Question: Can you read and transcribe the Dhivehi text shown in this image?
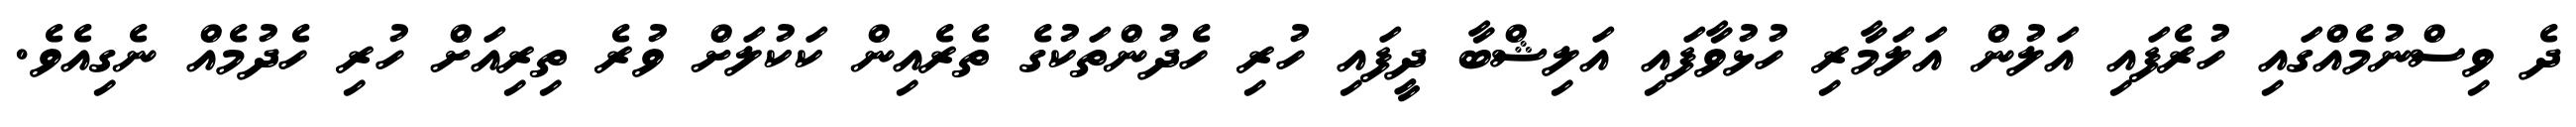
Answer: ދެ ވިސްނުމެއްގައި ހުރެފައި އަލުން އަލަމާރި ހުޅުވާފައި އަލިޝްބާ ދީފައި ހުރި ހެދުންތަކުގެ ތެރެއިން ކަކުލަށް ވުރެ ތިރިއަށް ހުރި ހެދުމެއް ނެގިއެވެ.